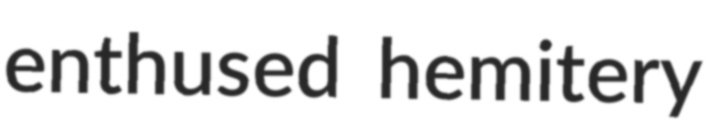
enthused hemitery